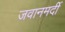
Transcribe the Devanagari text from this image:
जवानमर्दी